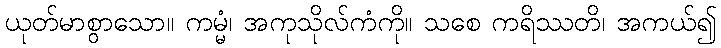
ယုတ်မာစွာသော။ ကမ္မံ၊ အကုသိုလ်ကံကို။ သစေ ကရိဿတိ၊ အကယ်၍